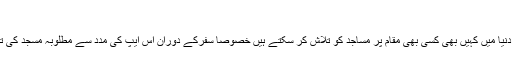
مساجد کی تلاش
اس ایپ کی مدد سے صارفین دنیا میں کہیں بھی کسی بھی مقام پر مساجد کو تلاش کر سکتے ہیں خصوصا سفرکے دوران اس ایپ کی مدد سے مطلوبہ مسجد کی تلاش میں بہت آسانی ہوتی ہے۔